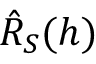
\hat { R } _ { S } ( h )